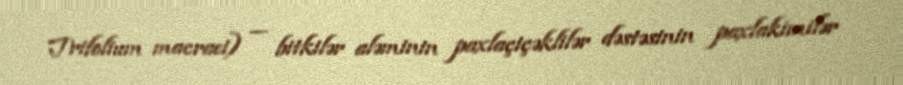
Trifolium macraei) — bitkilər aləminin paxlaçiçəklilər dəstəsinin paxlakimilər